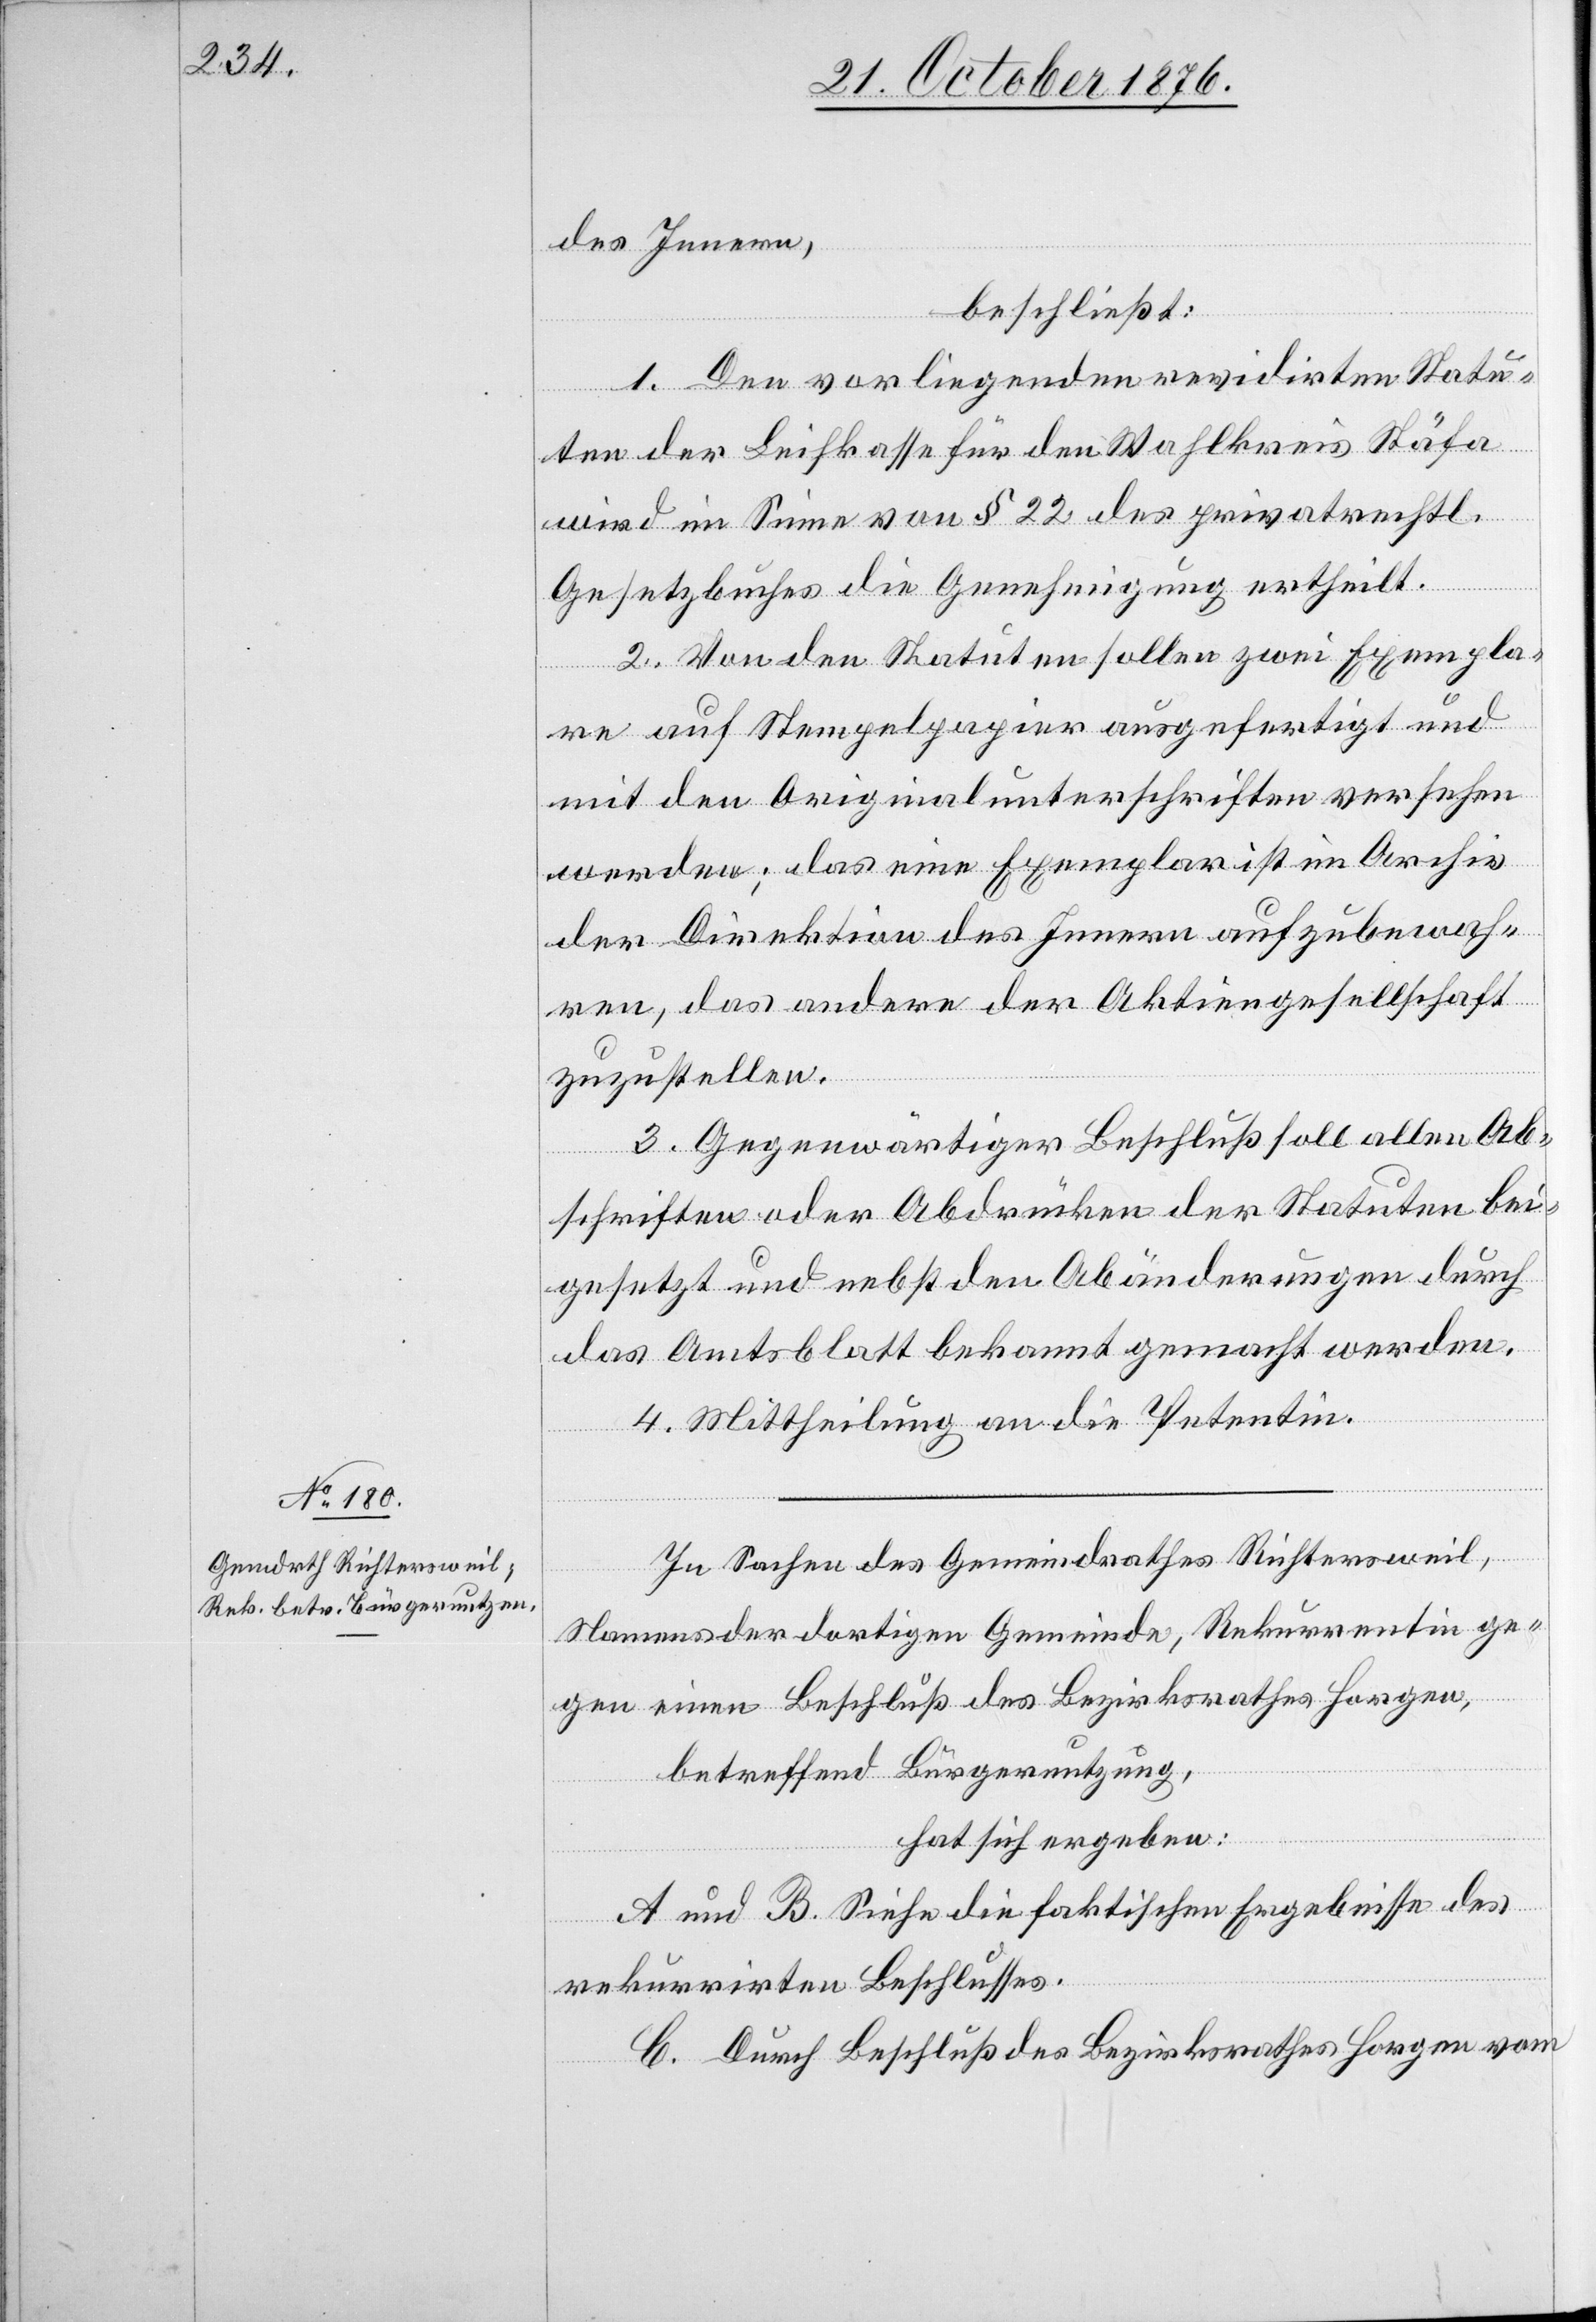
des Innern,
beschließt:
1. Den vorliegenden revidirten Statu¬
ten der Leihkasse für den Wahlkreis Stäfa
wird im Sinne von § 22 des privatrechtl.
Gesetzbuches die Genehmigung ertheilt.
2. Von den Statuten sollen zwei Exempla¬
re auf Stempelpapier ausgefertigt und
mit den Originalunterschriften versehen
werden; das eine Exemplar ist im Archiv
der Direktion des Innern aufzubewah¬
ren, das andere der Aktiengesellschaft
zuzustellen.
3. Gegenwärtiger Beschluß soll allen Ab¬
schriften oder Abdrücken der Statuten bei¬
gesetzt und nebst den Abänderungen durch
das Amtsblatt bekannt gemacht werden.
4. Mittheilung an die Petentin.
In Sachen des Gemeindrathes Richtersweil,
Namens der dortigen Gemeinde, Rekurrentin ge¬
gen einen Beschluß des Bezirksrathes Horgen,
betreffend Bürgernutzung,
hat sich ergeben:
A und B. Siehe die faktischen Ergebnisse des
rekurrirten Beschlusses.
C. Durch Beschluß des Bezirksrathes Horgen vom